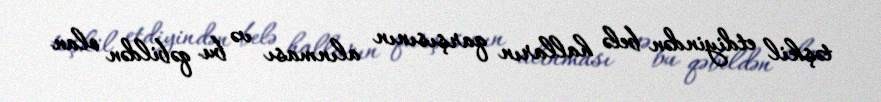
təşkil etdiyindən belə halların qarşısının alınması və bu qəbildən olan